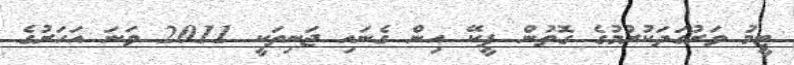
ޓީމު ވަރުގަދަކުރުމުގެ ގޮތުން ޕީކޭ އިން ގެނައި ޖަނިތަކީ 2011 ވަނަ އަހަރުގެ